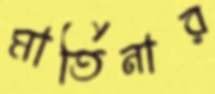
মার্তিনার